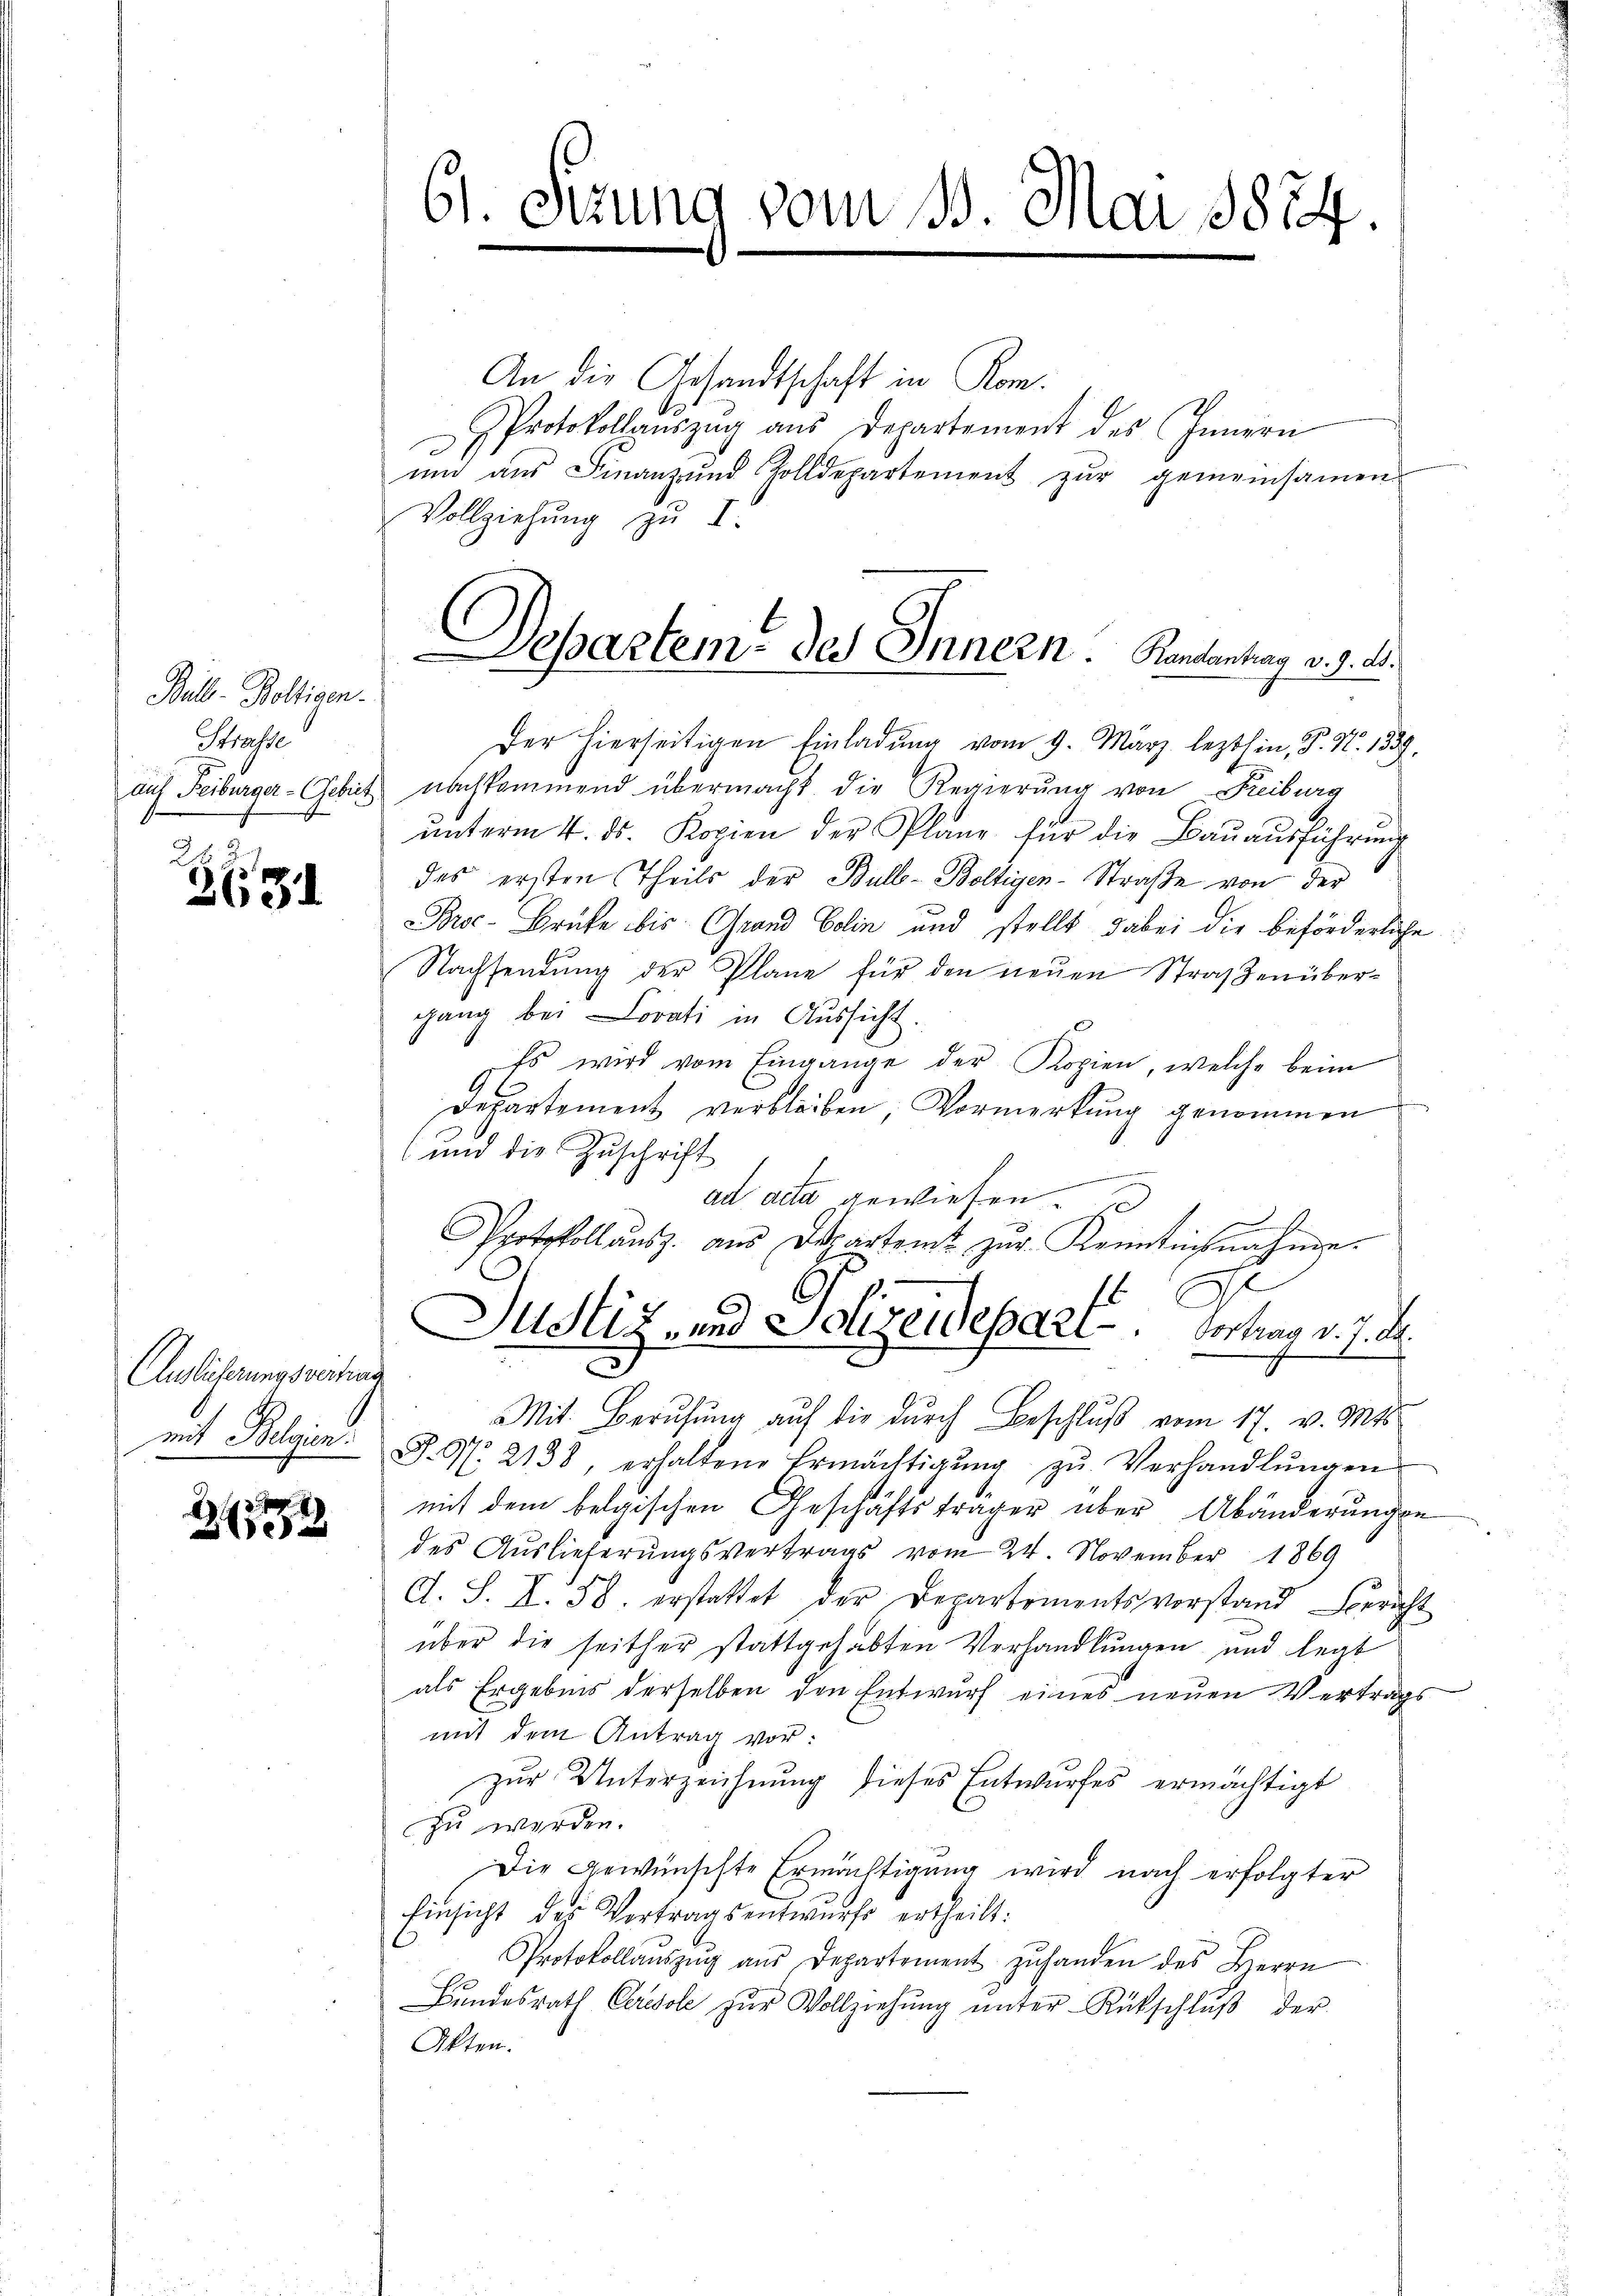
Bull-Boltigen.
Strasse
.

631

Auslieferungsvertrau

0 x

61. Setzung vom 15. Mai 1854.

An die Gesandtschaft in Kom¬
PProtokollaŭszŭg aŭs Departement des Innern
und aus Finanz und Zolldepartement zur gemeinsamen
Vollziehung zu I
Der hierseitigen Einladŭng vom 9. März lezthin, P. N. 1339.
auf Freiburger-Gebet nachkommend übermacht die Regierung von Freiburg
unterm 4. ds. Kopien der Plane für die Bauausführung
des ersten Theils der Bull-Boltigen-Straße von der
Broe-Brücke bis Grand Colin und stellt dabei die beförderliche
Nachsendung der Pläne für den neuen Straßenübergang bei Lovati in Aussicht.
Es wird vom Eingange der Kopien, welche beim
Departement verbleiben, Vormerkung genommen
(und die Zuschrift
ad acta gewiesen.
Protokoll ausz ans Departamt zŭr Kenntnisnahme.
2
1
Justiz- und Schreidepart . . . . .   Vertrag v. J. De¬
Mit Berufung auf die durch Beschluß vom 17. v. Mts.
mit Belgien S. Nr. 2138, erhaltene Ermächtigŭng zŭ Verhandlŭngen
mit dem belgischen Geschäftsträger über Abänderungen
des Auslieferungsvertrags vom 24. November 1869
A. S. I. 58. erstattet der Departementsvorstand Bericht
über die seither stattgehabten Verhandlungen und legt
als Ergebnis derselben den Entwurf eines neuen Vertrags
mit dem Antrag vor:
zur Unterzeichnung dieses Entwurfes ermächtigt
zu werden.
Die gewünschte Ermächtigung wird nach erfolgter
Einsicht des Vertragsentwurfs ertheilt:
Protokollaŭszŭg aŭs Departement zŭ handen des Herrn
Bŭndesrath Ceresole zŭr Vollziehŭng ŭnter Rückschlŭβ der
Akten.

Departeme des Innern. Rankentrag v. J. M.